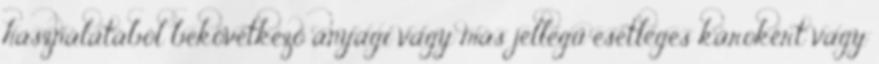
használatából bekövetkező anyagi vagy más jellegű esetleges károkért vagy